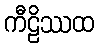
ကီဠိဿထ